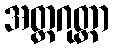
အတ္တဂုတ္တာ